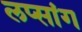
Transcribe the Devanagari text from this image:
लप्सांग